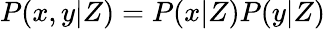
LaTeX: P(x,y|Z)=P(x|Z)P(y|Z)